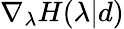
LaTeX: \nabla_{\lambda}H(\lambda|d)